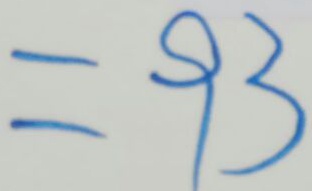
= 9 3